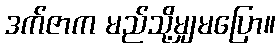
ဒက်ဇာက မည်သို့မျှမပြော။